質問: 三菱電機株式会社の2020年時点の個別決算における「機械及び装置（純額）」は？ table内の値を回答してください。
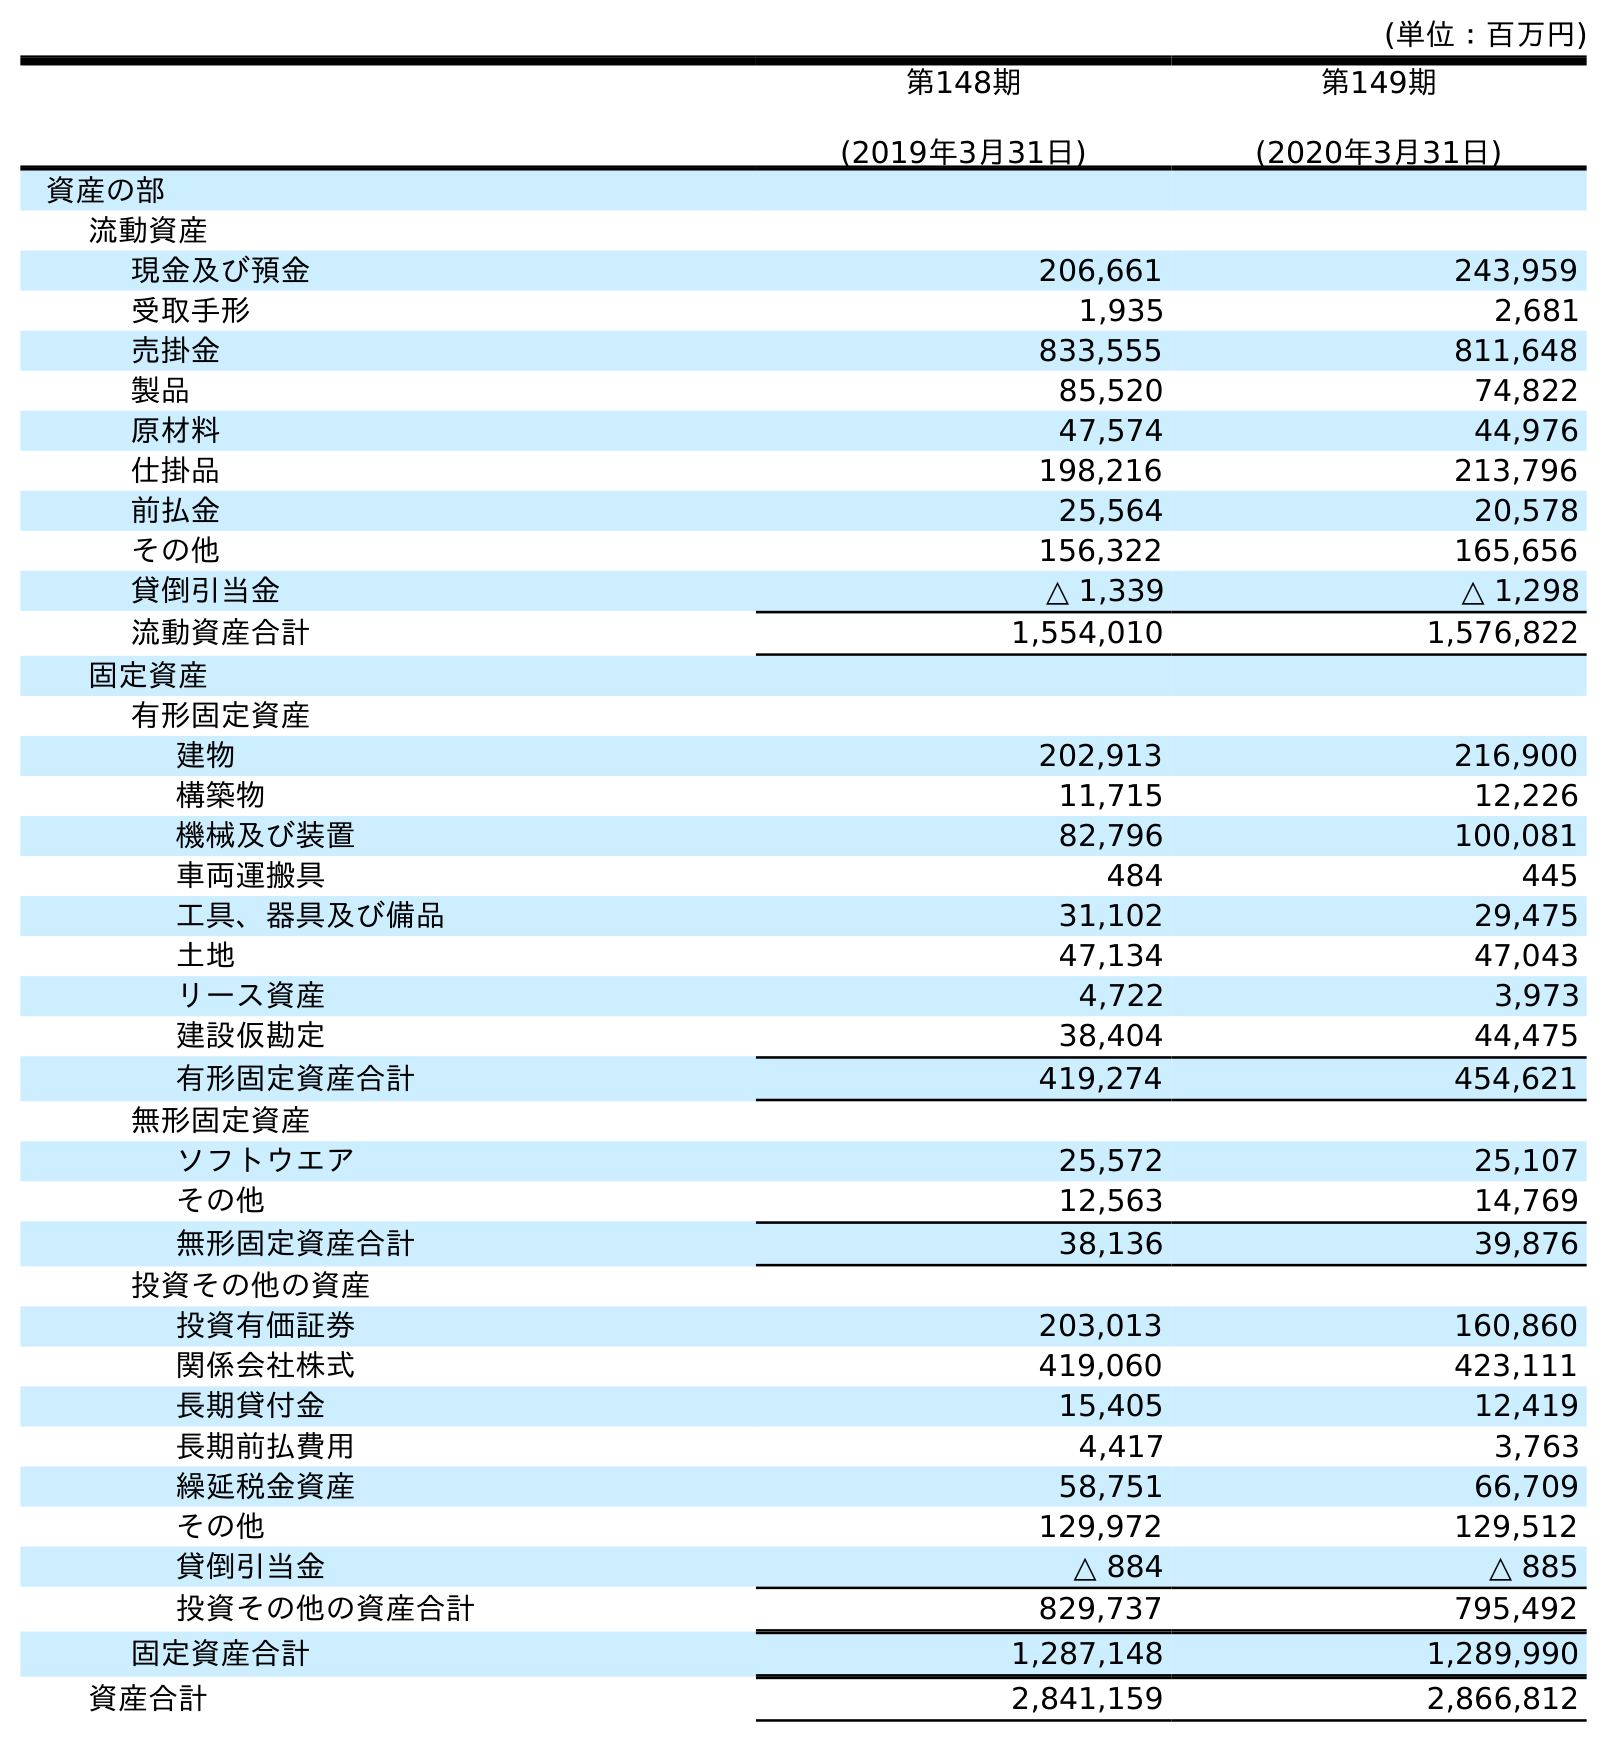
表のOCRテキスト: (単位：百万円) 第148期 (2019年3月31日) 第149期 (2020年3月31日) 資産の部 流動資産 現金及び預金 206,661 243,959 受取手形 1,935 2,681 売掛金 833,555 811,648 製品 85,520 74,822 原材料 47,574 44,976 仕掛品 198,216 213,796 前払金 25,564 20,578 その他 156,322 165,656 貸倒引当金 △ 1,339 △ 1,298 流動資産合計 1,554,010 1,576,822 固定資産 有形固定資産 建物 202,913 216,900 構築物 11,715 12,226 機械及び装置 82,796 100,081 車両運搬具 484 445 工具、器具及び備品 31,102 29,475 土地 47,134 47,043 リース資産 4,722 3,973 建設仮勘定 38,404 44,475 有形固定資産合計 419,274 454,621 無形固定資産 ソフトウエア 25,572 25,107 その他 12,563 14,769 無形固定資産合計 38,136 39,876 投資その他の資産 投資有価証券 203,013 160,860 関係会社株式 419,060 423,111 長期貸付金 15,405 12,419 長期前払費用 4,417 3,763 繰延税金資産 58,751 66,709 その他 129,972 129,512 貸倒引当金 △ 884 △ 885 投資その他の資産合計 829,737 795,492 固定資産合計 1,287,148 1,289,990 資産合計 2,841,159 2,866,812
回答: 100,081